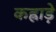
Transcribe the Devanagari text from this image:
कह्राड़े